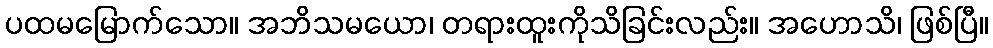
ပထမမြောက်သော။ အဘိသမယော၊ တရားထူးကိုသိခြင်းလည်း။ အဟောသိ၊ ဖြစ်ပြီ။